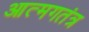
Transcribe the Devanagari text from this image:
आत्मगतंत्र